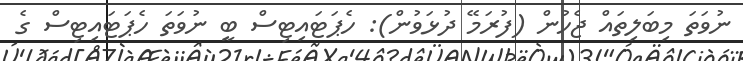
ނުވަތަ މިބަލިތައް ޖެހުން (ފުރަމޭ ދުޅަވުން): ހެޕަޓައިޓިސް ބީ ނުވަތަ ހެޕަޓައިޓިސް ގެ